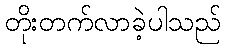
တိုးတက်လာခဲ့ပါသည်